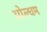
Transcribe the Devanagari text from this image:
ओल्धम